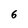
Character: 6